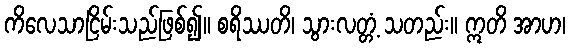
ကိလေသာငြိမ်းသည်ဖြစ်၍။ စရိဿတိ၊ သွားလတ္တံ့ သတည်း။ ဣတိ အာဟ၊